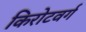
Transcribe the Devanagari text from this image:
किरोटवर्ग